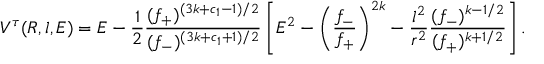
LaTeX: V ^ { \tau } ( R , l , E ) = E - \frac { 1 } { 2 } \frac { ( f _ { + } ) ^ { ( 3 k + c _ { 1 } - 1 ) / 2 } } { ( f _ { - } ) ^ { ( 3 k + c _ { 1 } + 1 ) / 2 } } \left[ E ^ { 2 } - \left( \frac { f _ { - } } { f _ { + } } \right) ^ { 2 k } - \frac { l ^ { 2 } } { r ^ { 2 } } \frac { ( f _ { - } ) ^ { k - 1 / 2 } } { ( f _ { + } ) ^ { k + 1 / 2 } } \right] .